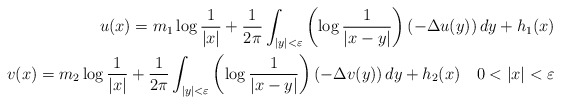
\begin{align*} u(x)=m_1 \log \frac{1}{|x|}+\frac{1}{2\pi} \int_{|y|<\varepsilon} \left( \log\frac{1}{|x-y|}\right) (-\Delta u(y))\,dy+h_1 (x)\\ v(x)=m_2 \log \frac{1}{|x|}+\frac{1}{2\pi} \int_{|y|<\varepsilon} \left( \log\frac{1}{|x-y|}\right) (-\Delta v(y))\,dy+h_2 (x) \quad 0<|x|<\varepsilon \end{align*}